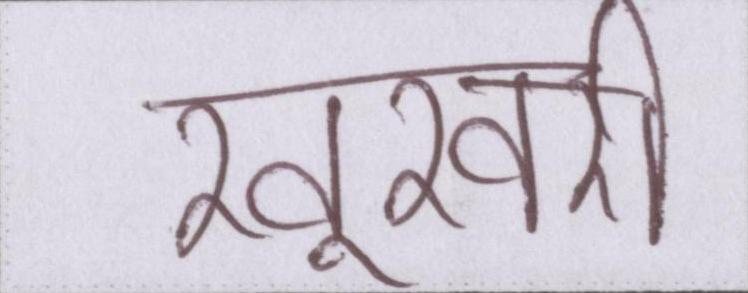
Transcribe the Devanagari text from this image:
खूखरी